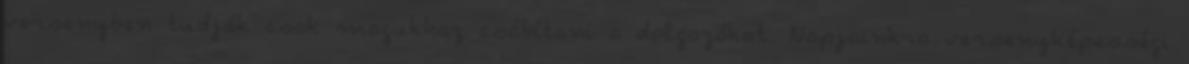
versenyben tudják csak magukhoz csábítani a dolgozókat. Napjainkra versenyképességi